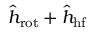
\hat { h } _ { \mathrm { r o t } } + \hat { h } _ { \mathrm { h f } }